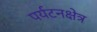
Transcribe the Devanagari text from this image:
पर्यटनक्षेत्र